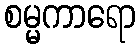
စမ္မကာရော